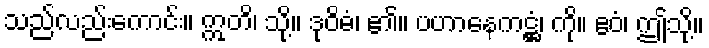
သည်လည်းကောင်း။ ဣတိ၊ သို့။ ဒုဝိဓံ၊ ၏။ ပဟာနေကဋ္ဌံ၊ ကို။ ဧဝံ၊ ဤသို့။